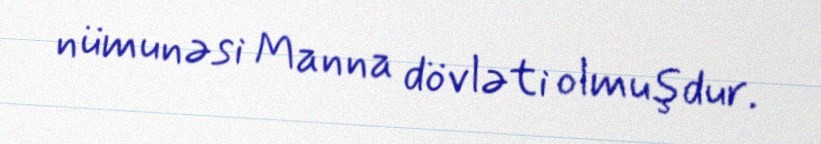
nümunəsi Manna dövləti olmuşdur.